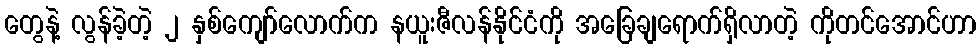
တွေနဲ့ လွန်ခဲ့တဲ့ ၂ နှစ်ကျော်လောက်က နယူးဇီလန်နိုင်ငံကို အခြေချရောက်ရှိလာတဲ့ ကိုတင်အောင်ဟာ